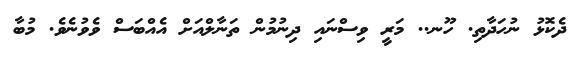
ދެކޮޅު ނުހަދާތި. ހޫނ.. މަރީ ވިސްނައި ދިނުމުން ތަނާލްއަށް އެއްބަސް ވެވުނެވެ. މުބާ